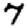
Digit: 7